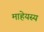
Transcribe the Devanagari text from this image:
माहेयस्य